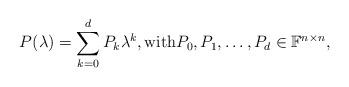
LaTeX: \begin{align*}P(\lambda) = \sum_{k=0}^{d}P_k\lambda^k, \mbox{with} P_0,P_1,\hdots,P_d\in\mathbb{F}^{n\times n},\end{align*}